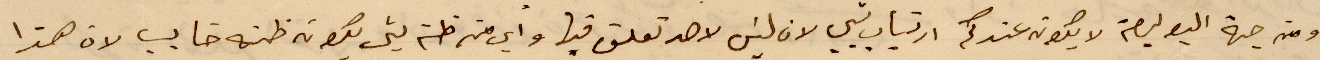
ومن جهة البوليصة لا يكون عندكم ارتياب ليس لان  ليس لاحد تعلق فيها واي من ظنه لي يكونه ظنه خايب لان هذا